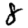
Digit: 8